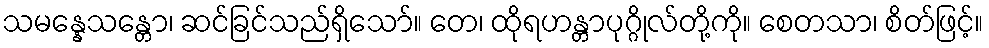
သမန္နေသန္တော၊ ဆင်ခြင်သည်ရှိသော်။ တေ၊ ထိုရဟန္တာပုဂ္ဂိုလ်တို့ကို။ စေတသာ၊ စိတ်ဖြင့်။